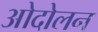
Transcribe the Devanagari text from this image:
ओदोलन